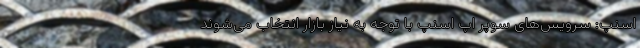
اسنپ: سرویس‌های سوپر اپ اسنپ با توجه به نیاز بازار انتخاب می‌شوند